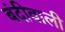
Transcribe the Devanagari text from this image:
बंदीवाली